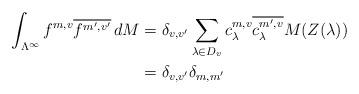
LaTeX: \begin{align*}\int_{\Lambda^\infty} f^{m,v} \overline{f^{m',v'}} \, dM&= \delta_{v, v'} \sum_{\lambda\in D_v} c^{m,v}_\lambda \overline{c^{m',v}_\lambda} M(Z(\lambda)) \\&= \delta_{v, v'} \delta_{m,m'}\end{align*}